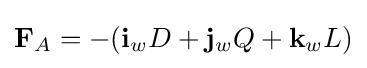
\mathbf {F} _{A}=-(\mathbf {i} _{w}D+\mathbf {j} _{w}Q+\mathbf {k} _{w}L)